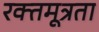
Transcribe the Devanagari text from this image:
रक्तमूत्रता